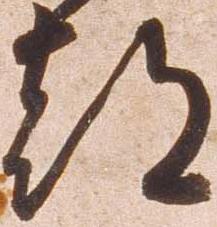
都